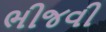
ભીજવી